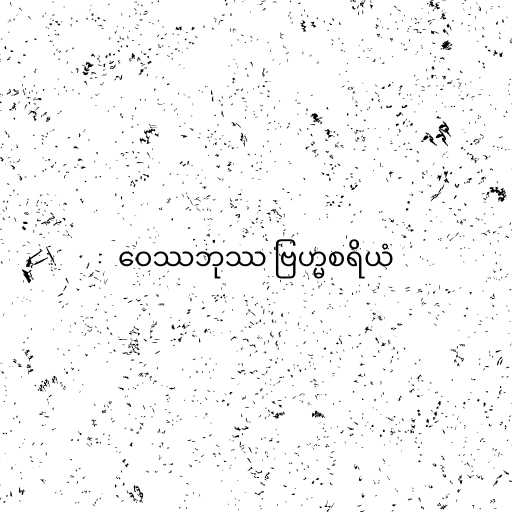
ဝေဿဘုဿ ဗြဟ္မစရိယံ